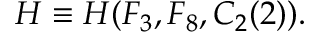
H \equiv H ( F _ { 3 } , F _ { 8 } , C _ { 2 } ( 2 ) ) .